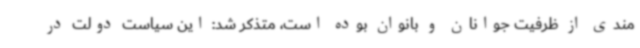
مندی از ظرفیت جوانان و بانوان بوده است، متذکر شد: این سیاست دولت در